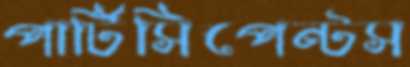
পার্টিসিপেন্টস